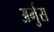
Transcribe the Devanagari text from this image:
अर्गुस